画像に写った文字を読んでください
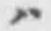
「ハ」と書いてあります